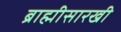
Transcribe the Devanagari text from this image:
ब्राह्मीसारखी